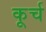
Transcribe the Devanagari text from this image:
कूर्च